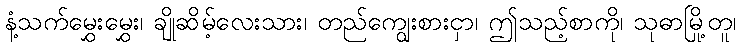
နံ့သက်မွှေးမွှေး၊ ချိုဆိမ့်လေးသား၊ တည်ကျွေးစားငှာ၊ ဤသည့်စာကို၊ သုဓာမြို့တူ၊